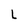
Character: L